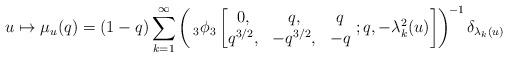
LaTeX: \begin{align*} u\mapsto\mu_{u}(q)=(1-q)\sum_{k=1}^{\infty}\left(\,_{3}\phi_{3}\left[\begin{matrix} 0, & q, & q\\ q^{3/2}, & -q^{3/2}, & -q \end{matrix}\ ;q, -\lambda_{k}^{2}(u) \right]\right)^{\!-1}\delta_{\lambda_{k}(u)} \end{align*}